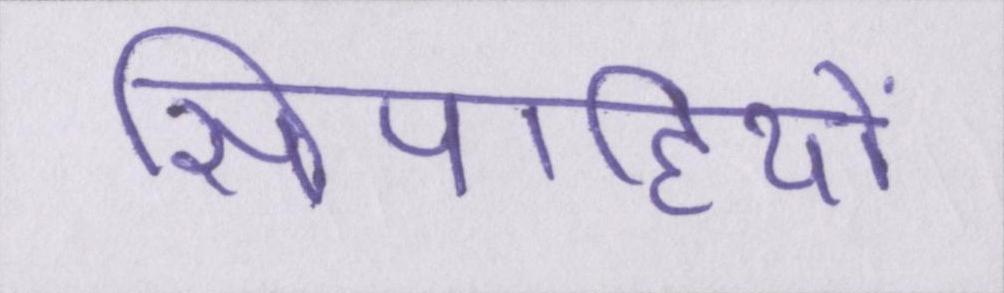
सिपाहियों